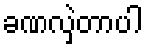
ခဏလှဲတာပါ